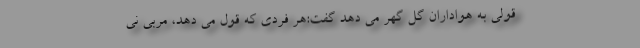
قولی به هواداران گل گهر می دهد گفت:هر فردی که قول می دهد، مربی نی